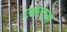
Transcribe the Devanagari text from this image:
एकतात्रा